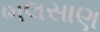
ભલસાણ